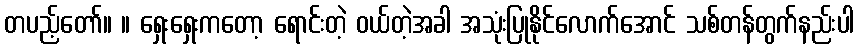
တပည့်တော်။ ။ ရှေးရှေးကတော့ ရောင်းတဲ့ ဝယ်တဲ့အခါ အသုံးပြုနိုင်လောက်အောင် သစ်တန်တွက်နည်းပါ